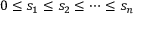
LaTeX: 0 \leq s _ { 1 } \leq s _ { 2 } \leq \cdots \leq s _ { n }